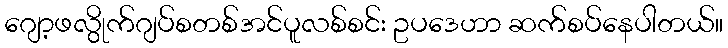
ဂျော့ဖလွိုက်ဂျပ်စတစ်အင်ပူလစ်စင်း ဥပဒေဟာ ဆက်စပ်နေပါတယ်။